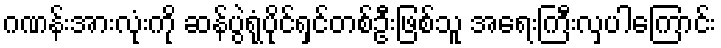
ဂဏန်းအားလုံးကို ဆန်ပွဲရုံပိုင်ရှင်တစ်ဦးဖြစ်သူ အရေးကြီးလှပါကြောင်း